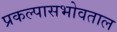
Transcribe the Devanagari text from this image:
प्रकल्पासभोवताल